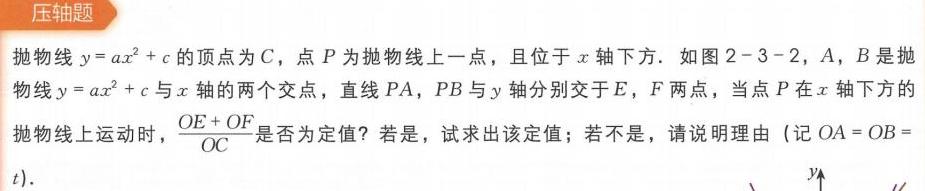
**压轴题**

抛物线\(y = ax^{2}+c\)的顶点为\(C\)，点\(P\)为抛物线上一点，且位于\(x\)轴下方. 如图2 - 3 - 2，\(A\)，\(B\)是抛物线\(y = ax^{2}+c\)与\(x\)轴的两个交点，直线\(PA\)，\(PB\)与\(y\)轴分别交于\(E\)，\(F\)两点，当点\(P\)在\(x\)轴下方的抛物线上运动时，\(\frac{OE + OF}{OC}\)是否为定值？若是，试求出该定值；若不是，请说明理由（记\(OA = OB=t\)）.